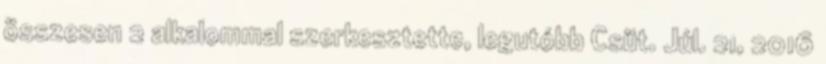
összesen 2 alkalommal szerkesztette, legutóbb Csüt. Júl. 21, 2016